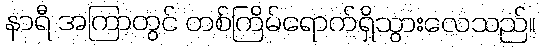
နာရီ အကြာတွင် တစ်ကြိမ်ရောက်ရှိသွားလေသည်။